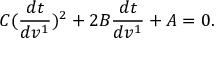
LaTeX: C ( \frac { d t } { d v ^ { 1 } } ) ^ { 2 } + 2 B \frac { d t } { d v ^ { 1 } } + A = 0 .